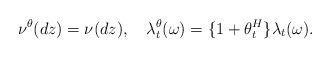
LaTeX: \begin{align*}\nu^{\theta}(dz)=\nu(dz),\quad\lambda^{\theta}_t(\omega)=\{1+\theta^H_t\}\lambda_t(\omega).\end{align*}